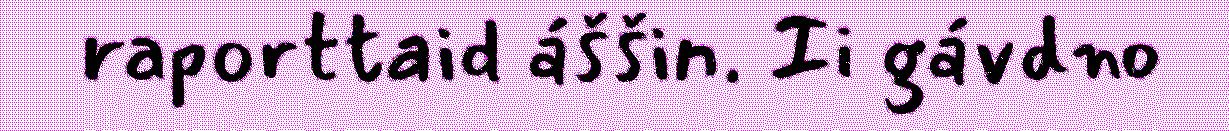
raporttaid áššin. Ii gávdno